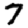
Digit: 7